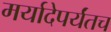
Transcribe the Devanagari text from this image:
मर्यादेपर्यंतच